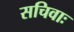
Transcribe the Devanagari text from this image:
सचिवाः